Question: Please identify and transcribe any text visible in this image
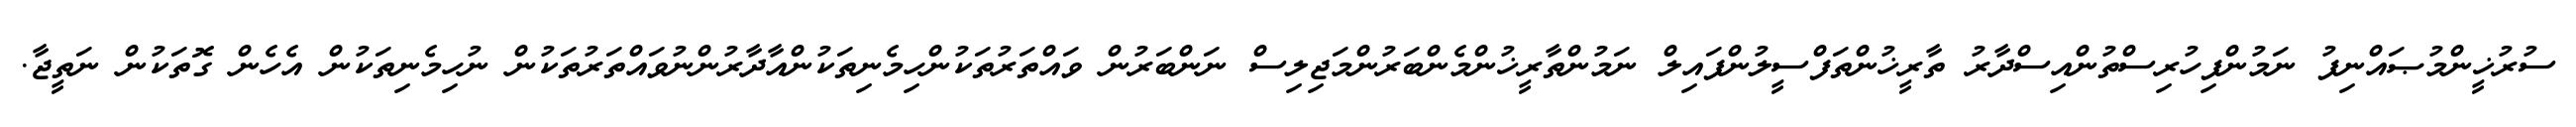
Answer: ސުރުޚީންމުޞައްނިފު ނަމުންފިހުރިސްތުންއިސްދާރު ތާރީޚުންތަފްސީލުންފައިލް ނަމުންތާރީޚުންމެންބަރުންމަޖިލިސް ނަންބަރުން ވައްތަރުތަކުންހިމެނިތަކުންއާދާރުންނުވައްތަރުތަކުން ނުހިމެނިތަކުން އެހެން ގޮތަކުން ނަތީޖާ.